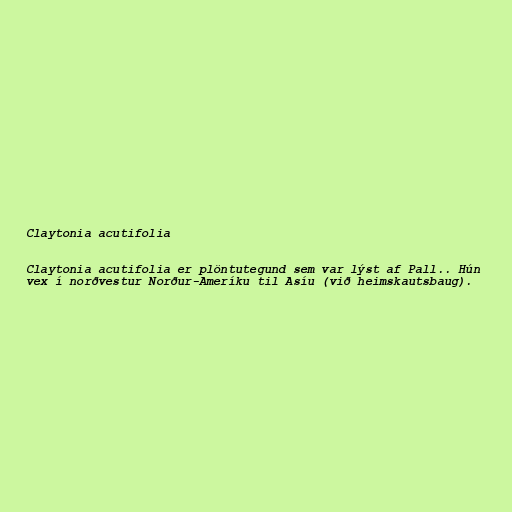
Claytonia acutifolia

Claytonia acutifolia er plöntutegund sem var lýst af Pall.. Hún
vex í norðvestur Norður-Ameríku til Asíu (við heimskautsbaug).